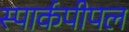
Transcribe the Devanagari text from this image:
स्पार्कपीपल